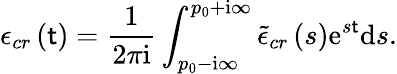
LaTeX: \epsilon_{cr}\left(\mathsf{t}\right)=\frac{{1}}{{2\pi\mathrm{{i}}}}\int_{p_{0}-\mathrm{{i}}\infty}^{p_{0}+\mathrm{{i}}\infty}\tilde{{\epsilon}}_{cr}\left(s\right)\mathrm{{e}}^{s\mathsf{t}}\mathrm{{d}}s.